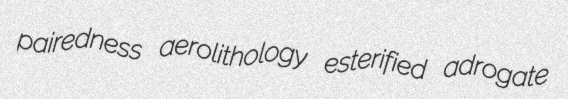
pairedness aerolithology esterified adrogate